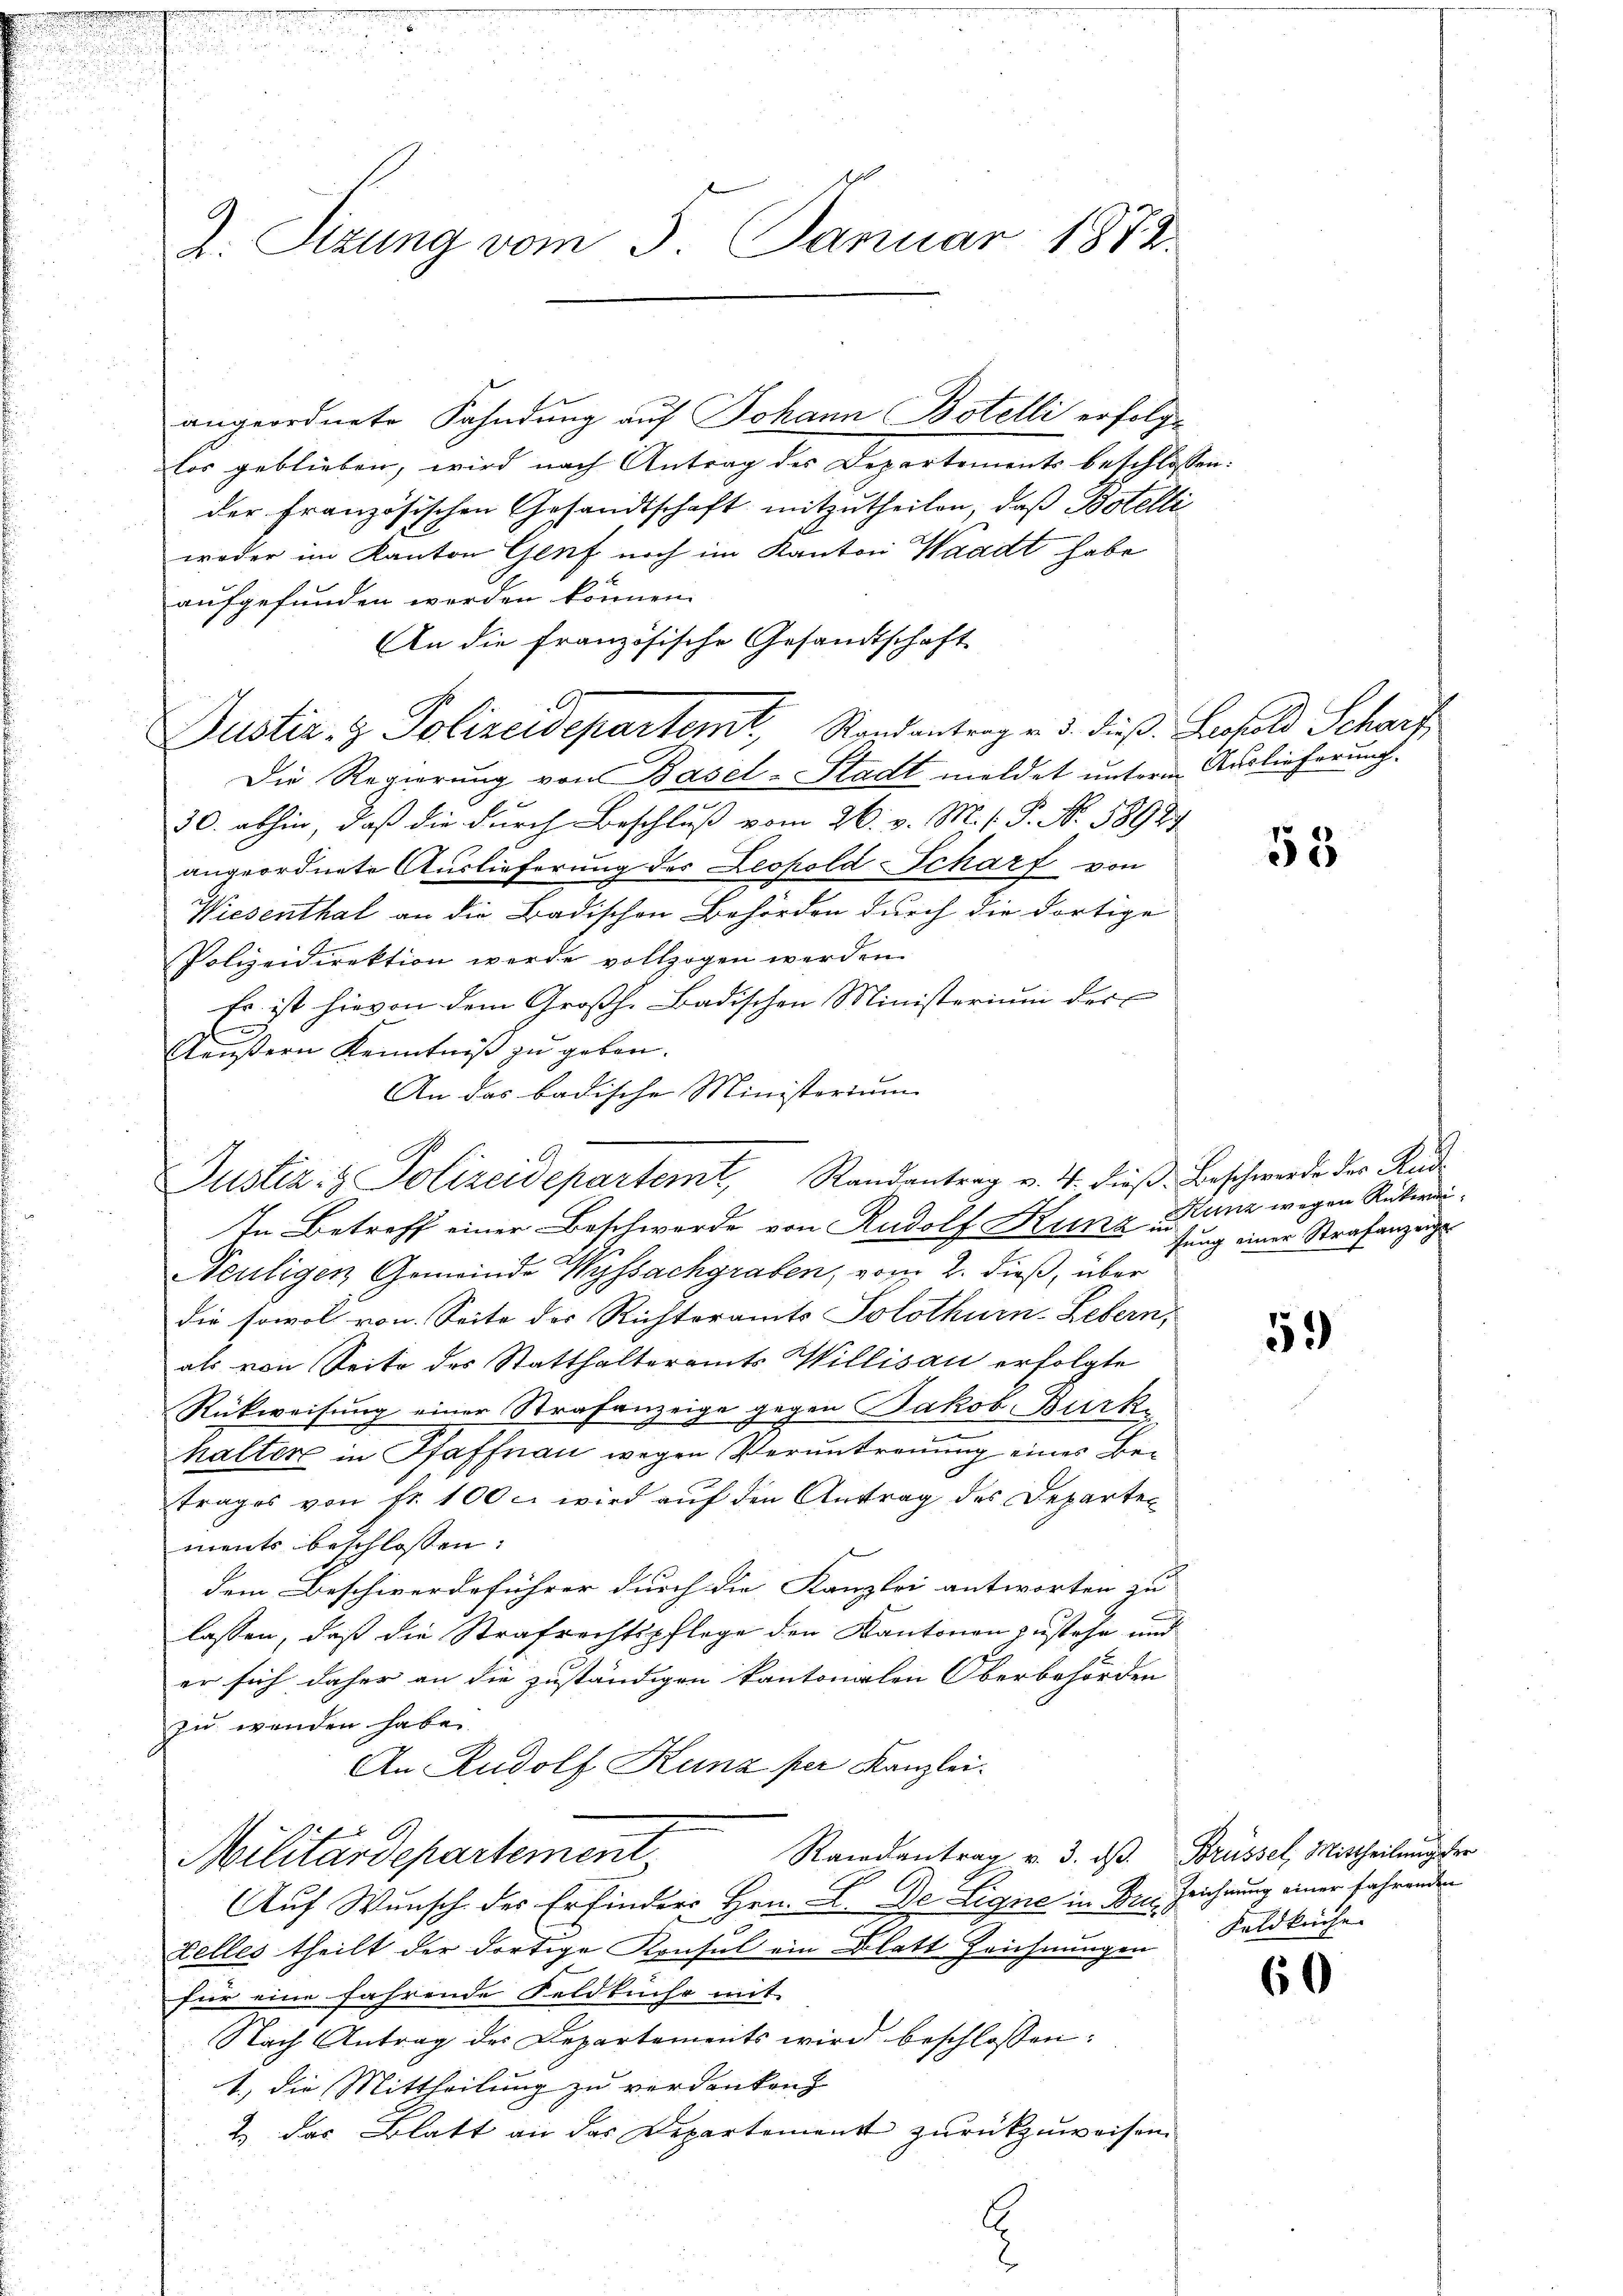
Z. Sitzung vom 5. Januar 1872

angeordnete Fahndung auf Johann Botelli erfolglos geblieben, wird nach Antrag des Departements beschlossen:
der Französischen Gesandtschaft mitzutheilen, daß Botelli
woder im Kanton Genf noch im Kanton Waadt habe
aufgefunden werden können.
An die französische Gesandtschaft
Justiz- & Polizeidepartemt, Randantrag v. 3. dieß Leopold Scharf
Die Regierung von Basel-Stadt meldet unterm Auslieferung¬
30. abhin, daß die durch Beschluß vom 26. v. M. s. P. N. 58981
angeordnete Auslieferung des Leopold Scharf von
Wiesenthal an die Badischen Behörden durch die dortige
Polizeidirektion werde vollzogen werden.
Es ist hievon dem Großh. Badischen Ministerium der
l
Aeußern Kenntniß zu geben.
An das badische Ministerium
In Betreff einer Beschwerde von Rudolf Kunz un sung einer Strafanzeige
Neutigen Gemeinde Wyssachgraben, vom 2. dieß, über
die sowol von Seite der Richteramts Solothurn-Lebern,
als von Seite des Statthalteramts Willisau erfolgte
Rückweisung einer Strafanzeige gegen Jakob Burk
halter in Pfaffnau wegen Veruntreuung eines Betrages von fr. 100 c. wird aŭf den Antrag des Departen
ments beschlossen:
dem Beschwerdeführer durch die Kanzlei antworten zu
lassen, daß die Strafrechtspflege den Kantonen zustehe und
er sich daher an die zuständigen kantonalen Oberbehörden
zu wenden habe.
An Rudolf Kunz per Kanzlei.
Randantrag v. 3. ds. Brüssel, Mittheilung der
Militärdepartement,
Auf Wunsch der Erfinders Hrn. L. De Ligne in Dr. Zeichnung einer fahrenden
zelles theilt der dortige Konsul ein Blatt Zeichnungen Feldkuche.
für eine fahrende Feldküche mit
Nach Antrag des Departements wird beschlossen:
1.) Die Mittheilung zu verdanken,
2 das Blatt an das Departement zurückzuweisen.

Justiz- & Polizeidepartemt, Randantrag v. 4. dieβ. Beschwerde der Rud

E

55

Kunz wegen Rüker¬

59

60